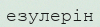
езулерін